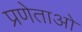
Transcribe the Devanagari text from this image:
प्रणेताओ